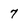
Character: 7